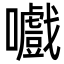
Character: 嚱